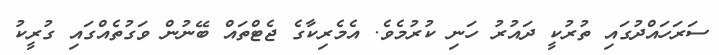
ސަރަހައްދުގައި ތުރުކީ ދައުރު ހަނި ކުރުމެވެ. އެމެރިކާގެ ޖެޓްތައް ބޭނުން ވަގުތެއްގައި ގުރީކު